Vaccination in Bombay 1913-1923 - 1913-1923
Year: 1913
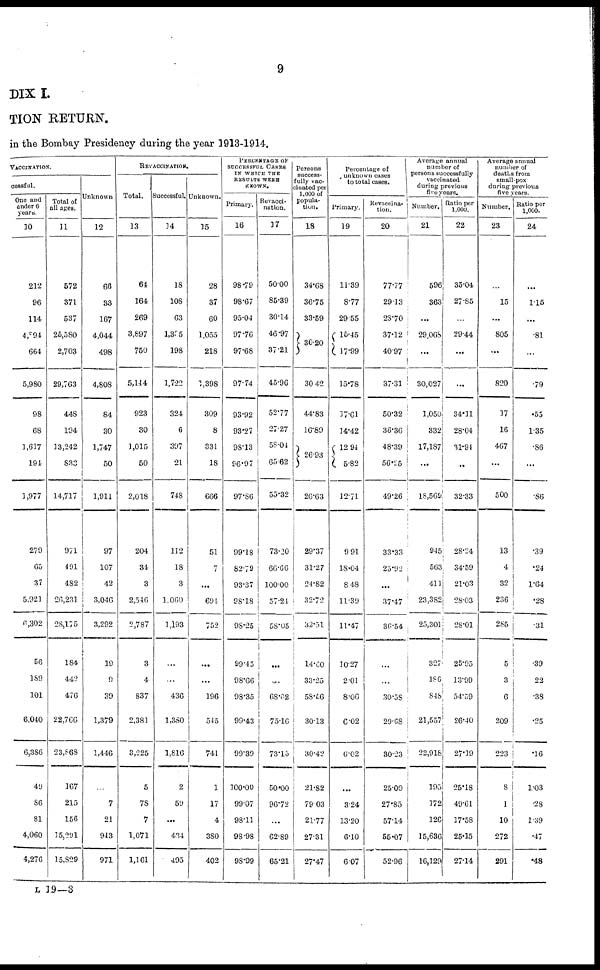
9
DIX I.
TION RETURN.
in the Bombay Presidency during the year 1913-1914.
VACCINATION.
cessful.
One and
under 6
years.
10
212
96
114
4,894
664
5,980
98
68
1,617
194
1,977
279
65
37
5,921
6,302
56
189
101
6,040
6,386
49
86
81
4,060
4,276
Total of
all apes.
11
572
371
537
25,580
2,703
29,763
448
194
13,242
833
14,717
971
401
482
26,231
28,175
184
442
476
22,766
23,868
167
215
156
15,291
15,829
Unknown.
12
66
33
167
4,044
498
4,808
84
30
1,747
50
1,911
97
107
42
3,046
3,292
19
9
39
1,379
1,446
...
7
21
943
971
REVACCINATION.
Total.
13
64
164
269
3,897
750
5,144
923
30
1,015
50
2,018
204
34
3
2,546
2,787
3
4
837
2,381
3,225
5
78
7
1,071
1,161
Successful.
14
18
108
63
1,395
198
1,722
324
6
397
21
748
112
18
3
1,060
1,193
...
...
436
1,380
1,816
2
59
...
434
495
Unknown.
15
28
37
60
1,055
218
1,398
309
8
331
18
666
51
7
...
694
752
...
...
196
545
741
1
17
4
380
402
PERCENTAGE OF
SUCCESSFUL CASES
IN WHICH THE
RESULTS WERE
KNOWN.
Primary.
16
98.79
98.67
95.04
97.76
97.68
97.74
93.92
93.27
98.13
96.97
97.86
99.18
82.79
93.37
98.18
98.25
99.45
98.66
98.35
99.43
99.39
100.00
99.07
98.11
98.98
98.99
Re vacci-
nation.
17
50.00
85.39
30.14
46·97
37.21
45.96
52.77
27.27
58.04
65.62
55.32
73.20
66.66
100.00
57.24
58.05
...
...
68.02
75.16
73.15
50.00
96.72
...
62.89
65.21
Persons
success-
fully vac-
cinated per
1,000 of
popula-
tion.
18
34.68
36.75
33.59
30.20
30.42
44.83
19.89
26.93
26.63
29.37
31.27
24.82
32.72
32.51
14.60
33.25
58.56
30.13
30.42
21.82
79.03
21.77
27.31
27.47
Percentage of
unknown cases
to total cases.
Primary.
19
11.39
8.77
29.55
15.45
17.99
15.78
17.61
14.42
12.94
5.82
12.71
9.91
18.04
8.48
11.39
11.47
10.27
2.01
8.06
6.02
6.02
...
3.24
13.20
6.10
6.07
Revaccina¬
tion.
20
77.77
29.13
28.70
37.12
40.97
37.31
50.32
363.36
48.39
56.25
49.26
33.33
25.92
...
37.47
36.54
...
...
30.58
29.68
30.23
25.00
27.85
57.14
55.07
52.96
Average annual
number of
persons successfully
vaccinated
during previous
five years.
Number.
21
596
363
...
29,068
...
30,027
1,050
332
17,187
...
18,569
945
563
411
23,382
25,301
327
186
848
21,557
22,918
195
172
126
15,636
16,129
Ratio per
1,000.
22
35.04
27.85
...
29.44
...
...
34.11
28.04
31.94
...
32.33
28.24
34.59
21.03
28.03
28.01
25.95
13.99
54.59
26.40
27.19
25.18
49.61
17·58
25.15
27.14
Average annual
number of
deaths from
small-pox
Number.
23
...
15
...
805
...
820
17
16
467
...
500
13
4
32
236
285
5
3
6
209
223
8
1
10
272
291
Ratio per
1,000.
24
...
1.15
...
.81
...
.79
.55
1.35
.86
...
.86
.39
.24
1.64
.28
.31
.39
22
.38
.25
.16
1.03
.28
1.39
.47
.48
L 19—3